Civil Veterinary Dept. North-West Frontier Province 1923-32 - 1923-1932
Year: 1923
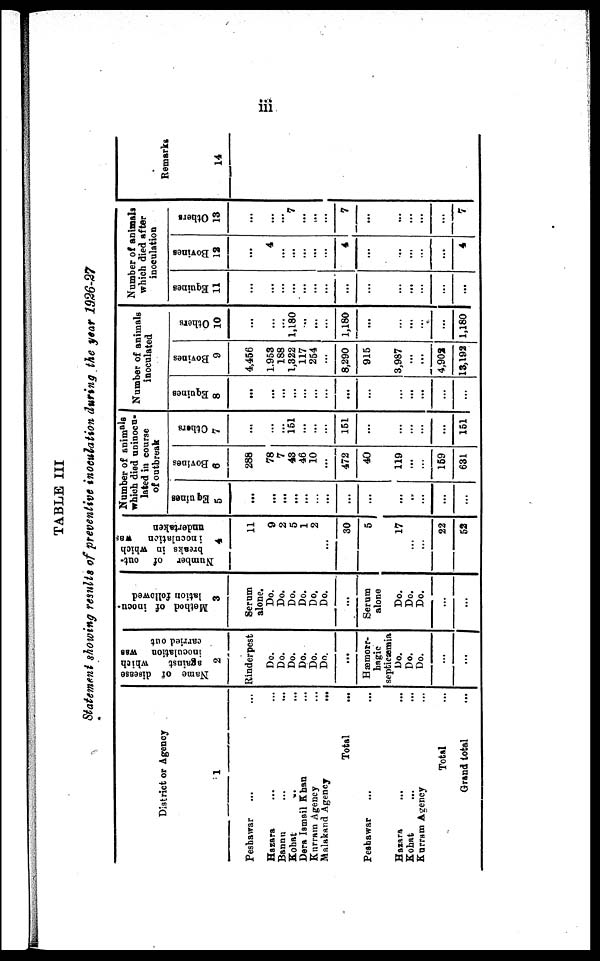
iii
TABLE III
Statement showing results of preventive inoculation during the year 1926-27
District or Agency
1
Peshawar ... ...
Hazara ... ...
Bannu ... ...
Kohat ... ...
Dera Ismail Khan ... ...
Kurram Agency ...
Malakand Agency
...
Total ...
Peshawar ... ...
Hazara ... ...
Kohat ... ...
Kurram Agency ... ...
Total ...
Grand total ...
Name of disease
against
which
inoculation was
carried out
2
Rinderpest
Do.
Do.
Do.
Do.
Do.
Do.
...
Hæmorr-
hagic
septicaemia
Do.
Do.
Do.
...
...
Method of inocu-
lation followed
3
Scrum
alone.
Do.
Do.
Do.
Do.
Do.
Do.
...
Serum
alone
Do.
Do.
Do.
...
...
Number
of out-
breaks in which
inoculation
was
undertaken
4
11
9
2
5
1
2
...
30
5
17
...
...
22
52
Number of aninmals
which died uninocn-
lated in course
of outbreak
Equines
5
...
...
...
...
...
...
...
...
...
...
...
...
...
...
Bovines
6
288
78
7
43
46
10
...
472
40
119
...
...
159
631
Others
7
...
...
151
...
...
...
151
...
...
...
...
...
151
Number of animals
inoculated
Equines
8
...
...
...
...
...
...
...
...
...
...
...
...
...
...
Bovines
9
4,456
1,953
188
1,322
117
254
8,290
915
3,987
...
...
4,902
13,192
Others
10
...
...
...
1,180
...
...
1,180
...
...
...
...
...
1,180
Number of animals
which died after
inoculation
Equines
11
...
...
...
...
...
...
...
...
...
...
...
...
...
...
Bovines
12
...
4
...
...
...
...
4
...
...
...
...
...
4
Others
13
...
...
...
7
...
...
...
7
...
...
...
...
...
7
Remarks
14